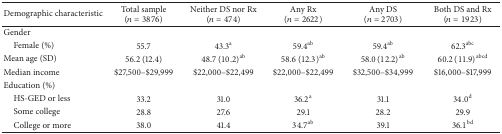
<table><thead><tr><td><b>Demographic characteristic</b></td><td><b>Total sample (<i>n</i> = 3876)</b></td><td><b>Neither DS nor Rx (<i>n</i> = 474)</b></td><td><b>Any Rx (<i>n</i> = 2622)</b></td><td><b>Any DS (<i>n</i> = 2703)</b></td><td><b>Both DS and Rx (<i>n</i> = 1923)</b></td></tr></thead><tbody><tr><td>Gender</td><td> </td><td> </td><td> </td><td> </td><td> </td></tr><tr><td> Female (%)</td><td>55.7</td><td>43.3<sup>a</sup></td><td>59.4<sup>ab</sup></td><td>59.4<sup>ab</sup></td><td>62.3<sup>abc</sup></td></tr><tr><td>Mean age (SD)</td><td>56.2 (12.4)</td><td>48.7 (10.2)<sup>ab</sup></td><td>58.6 (12.3)<sup>ab</sup></td><td>58.0 (12.2)<sup>ab</sup></td><td>60.2 (11.9)<sup>abcd</sup></td></tr><tr><td>Median income</td><td>$27,500–$29,999</td><td>$22,000–$22,499</td><td>$22,000–$22,499</td><td>$32,500–$34,999</td><td>$16,000–$17,999</td></tr><tr><td>Education (%)</td><td> </td><td> </td><td> </td><td> </td><td> </td></tr><tr><td> HS-GED or less</td><td>33.2</td><td>31.0</td><td>36.2<sup>a</sup></td><td>31.1</td><td>34.0<sup>d</sup></td></tr><tr><td> Some college</td><td>28.8</td><td>27.6</td><td>29.1</td><td>28.2</td><td>29.9</td></tr><tr><td> College or more</td><td>38.0</td><td>41.4</td><td>34.7<sup>ab</sup></td><td>39.1</td><td>36.1<sup>bd</sup></td></tr></tbody></table>